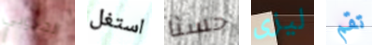
الجنوبي استغل حسنا ليزى تقم